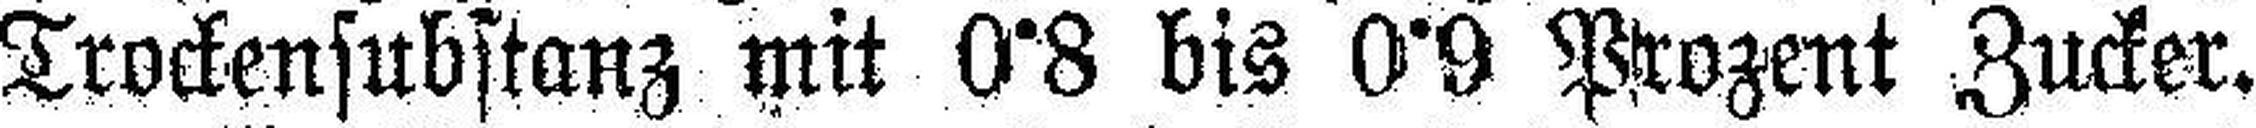
Trockensubstanz mit 0°8 bis 0°9 Prozent Zucker.